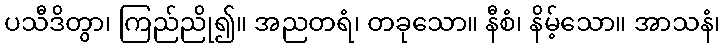
ပသီဒိတွာ၊ ကြည်ညို၍။ အညတရံ၊ တခုသော။ နီစံ၊ နိမ့်သော။ အာသနံ၊